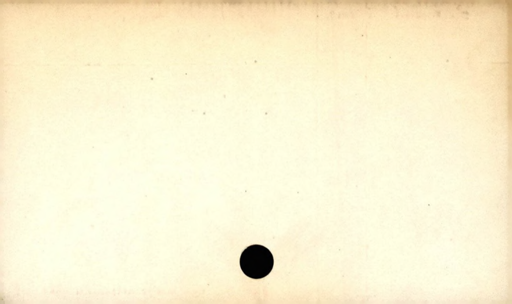
Label: blank